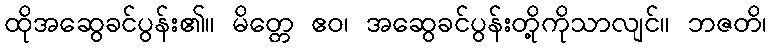
ထိုအဆွေခင်ပွန်း၏။ မိတ္တေ ဧဝ၊ အဆွေခင်ပွန်းတို့ကိုသာလျင်။ ဘဇတိ၊